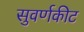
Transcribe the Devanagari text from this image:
सुवर्णकीट